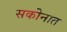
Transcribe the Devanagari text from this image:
सकीनात